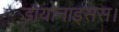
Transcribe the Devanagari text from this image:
डायोनाइसस।